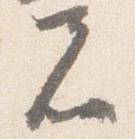
者